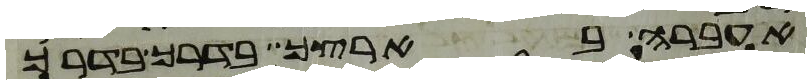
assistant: אעברה בארצך בדרך בדרך